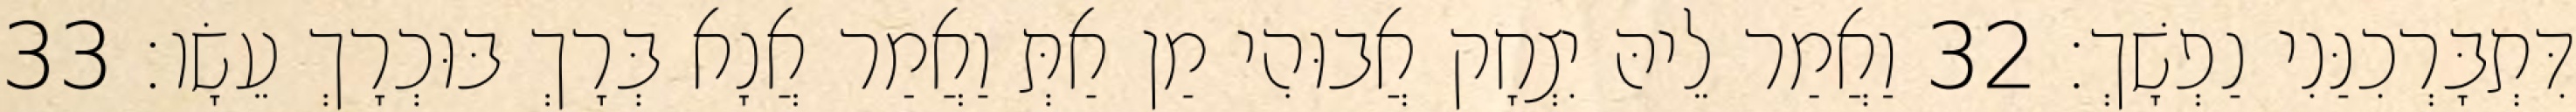
דִּתְבָּרְכִנַּנִי נַפְשָׁךְ׃ 32 וַאֲמַר לֵיהּ יִצְחָק אֲבוּהִי מַן אַתְּ וַאֲמַר אֲנָא בְּרָךְ בּוּכְרָךְ עֵשָׂו׃ 33